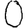
Digit: 0